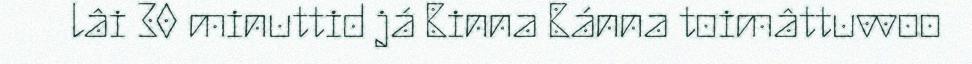
lâi 30 minuttid já Binna Bánna toimâttuvvoo